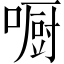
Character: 𠾇